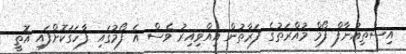
އިސްތިއުނާފް ފޯމް މުއްރަތުގެ ފަރާތުން އިއްވިއިރު ވެސް އެ ފޯމުގައި ފާހަގަކޮށްފައި އޮތީ